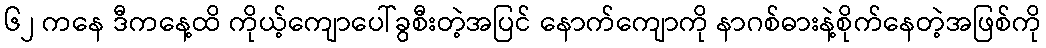
၆၂ ကနေ ဒီကနေ့ထိ ကိုယ့်ကျောပေါ်ခွစီးတဲ့အပြင် နောက်ကျောကို နာဂစ်ဓားနဲ့စိုက်နေတဲ့အဖြစ်ကို